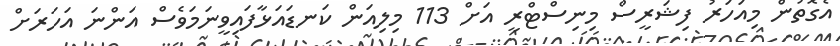
އެގޮތުން މިއަހަރު ފިޝަރީސް މިނިސްޓްރީ އަށް 113 މިލިއަން ކަނޑައަޅާފައިވީނަމަވެސް އަންނަ އަހަރަށް